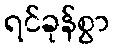
ရင်ခုန်စွာ